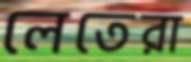
লেতেরা